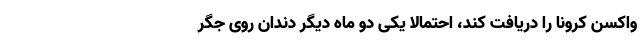
واکسن کرونا را دریافت کند، احتمالا یکی دو ماه دیگر دندان روی جگر